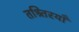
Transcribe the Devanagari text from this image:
तश्र्तिरयाँ